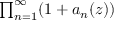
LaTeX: \textstyle { \prod _ { n = 1 } ^ { \infty } ( 1 + a _ { n } ( z ) ) }